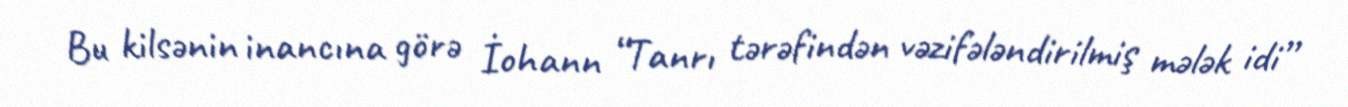
Bu kilsənin inancına görə İohann “Tanrı tərəfindən vəzifələndirilmiş mələk idi”